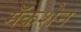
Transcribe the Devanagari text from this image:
मॅकशेन